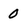
Character: 0